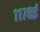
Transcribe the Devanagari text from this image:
११७८ई